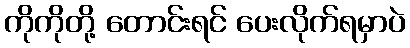
ကိုကိုတို့ တောင်းရင် ပေးလိုက်ရမှာပဲ